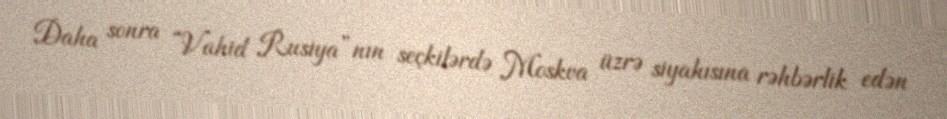
Daha sonra “Vahid Rusiya”nın seçkilərdə Moskva üzrə siyahısına rəhbərlik edən